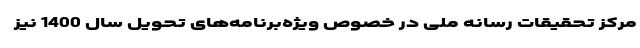
مرکز تحقیقات رسانه ملی در خصوص ویژه‌برنامه‌های تحویل سال 1400 نیز